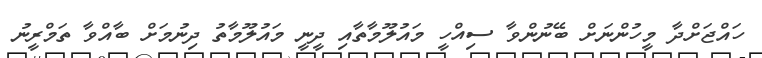
ހައްޖަށްދާ މީހުންނަށް ބޭނުންވާ ސިއްހީ މައުލޫމާތާއި ދީނީ މައުލޫމާތު ދިނުމަށް ބާއްވާ ތަމްރީނު